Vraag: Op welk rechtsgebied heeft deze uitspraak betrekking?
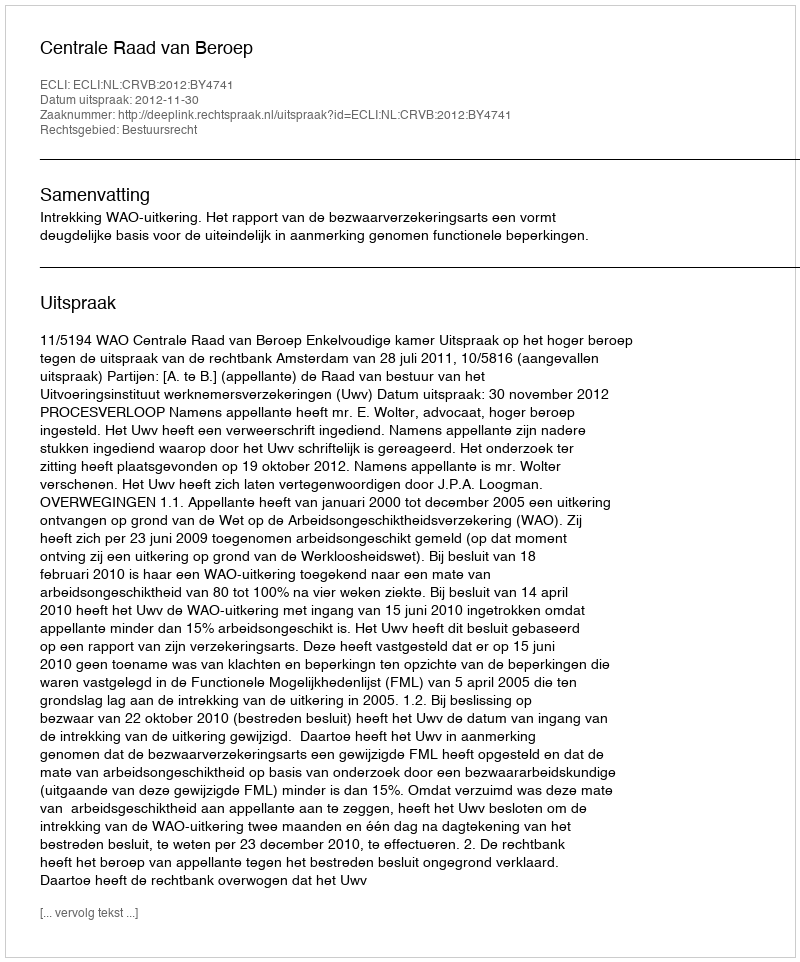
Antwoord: Bestuursrecht